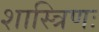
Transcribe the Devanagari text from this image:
शास्त्रिणः